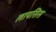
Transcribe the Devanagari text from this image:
लायसिस